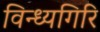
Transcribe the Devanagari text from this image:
विन्ध्यगिरि